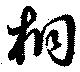
桐